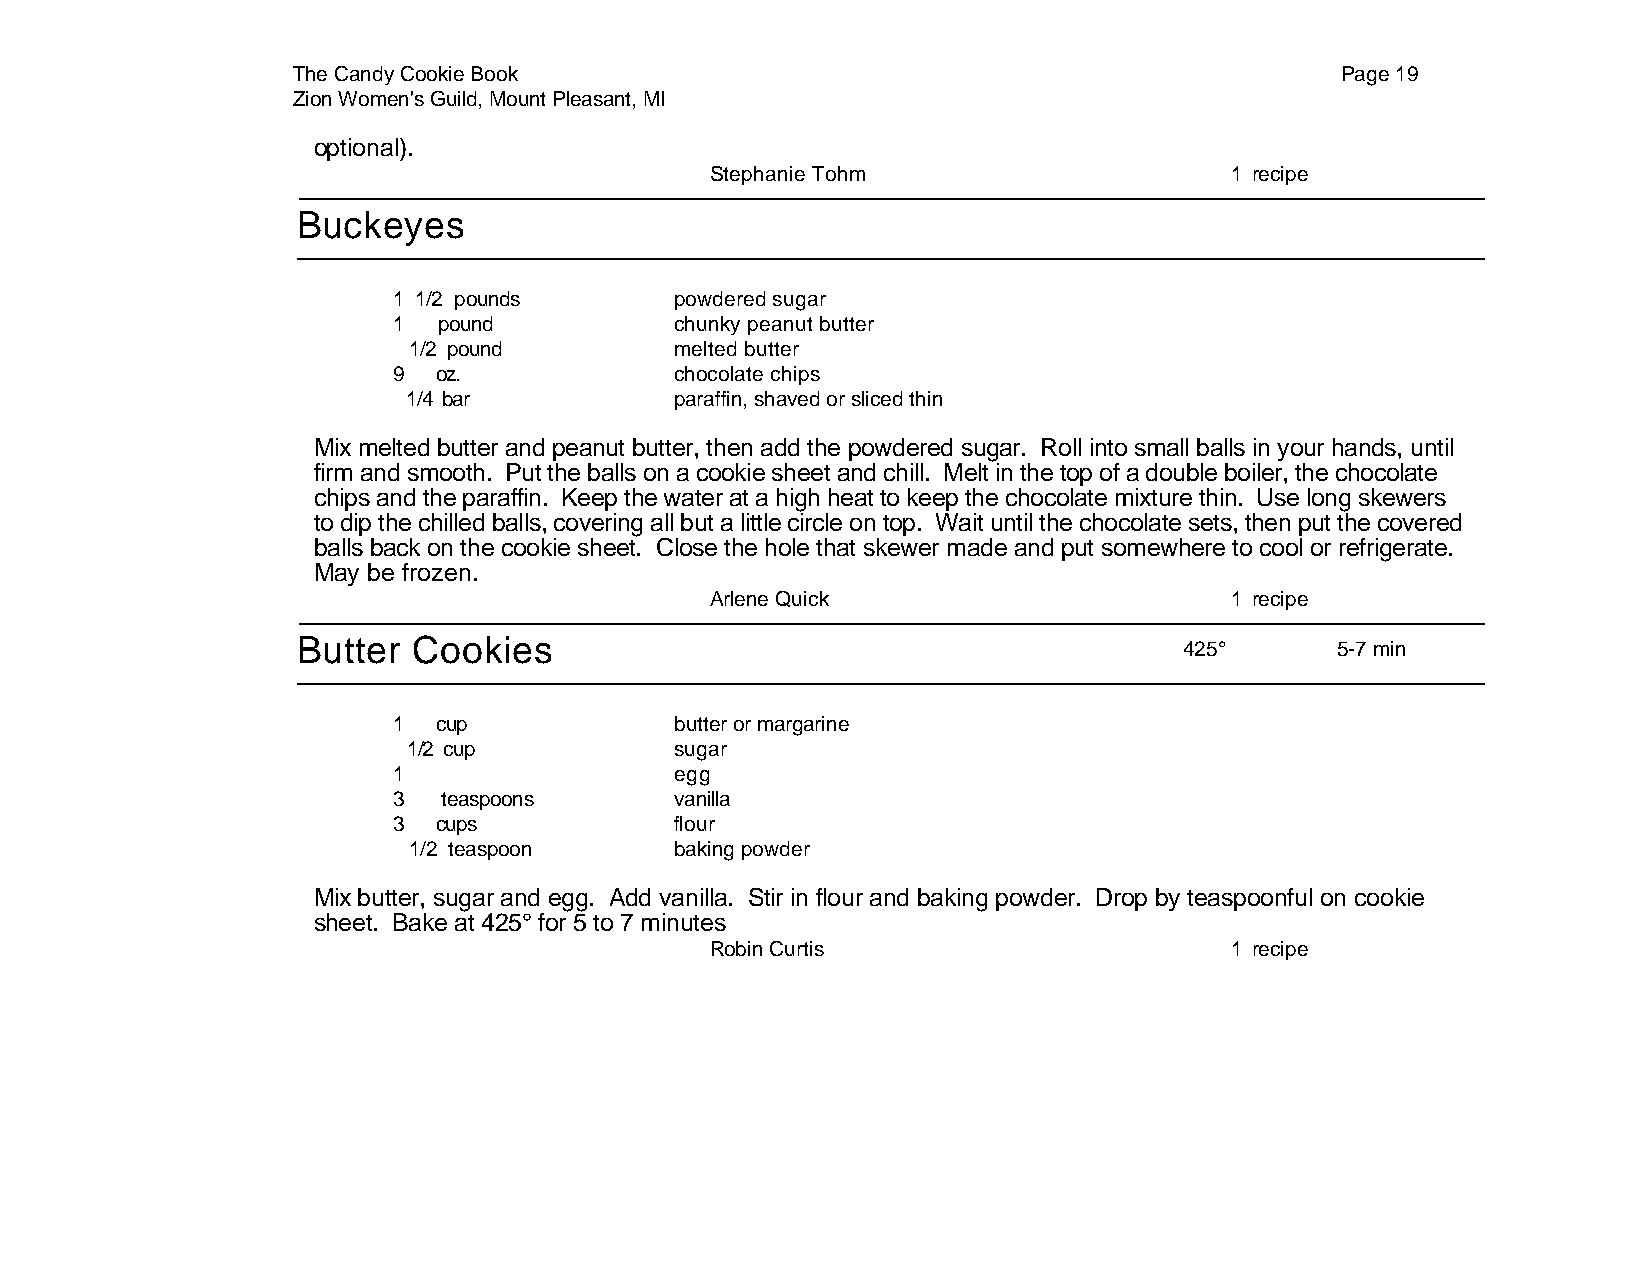
The Candy Cookie Book                                                 Page 19
 Zion Women's Guild, Mount Pleasant, MI
 optional).
 Stephanie Tohm                    1 recipe
 Buckeyes
 1 1/2 pounds       powdered sugar
 1  pound           chunky peanut butter
 1/2 pound         melted butter
 9  oz.             chocolate chips
 1/4 bar           paraffin, shaved or sliced thin
 Mix melted butter and peanut butter, then add the powdered sugar. Roll into small balls in your hands, until
 firm and smooth. Put the balls on a cookie sheet and chill. Melt in the top of a double boiler, the chocolate
 chips and the paraffin. Keep the water at a high heat to keep the chocolate mixture thin. Use long skewers
 to dip the chilled balls, covering all but a little circle on top. Wait until the chocolate sets, then put the covered
 balls back on the cookie sheet. Close the hole that skewer made and put somewhere to cool or refrigerate.
 May be frozen.
 Arlene Quick                      1 recipe
 Butter Cookies
 425°      5-7 min
 1  cup             butter or margarine
 1/2 cup           sugar
 1                  egg
 3  teaspoons       vanilla
 3  cups            flour
 1/2 teaspoon      baking powder
 Mix butter, sugar and egg. Add vanilla. Stir in flour and baking powder. Drop by teaspoonful on cookie
 sheet. Bake at 425° for 5 to 7 minutes
 Robin Curtis                      1 recipe